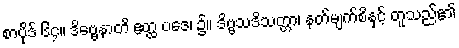
စာပိုဒ် ၆၄။ ဒိဗ္ဗေနာတိ ဧတ္ထ ပဒေ၊ ၌။ ဒိဗ္ဗသဒိသတ္တာ၊ နတ်မျက်စိနှင့် တူသည်၏